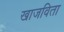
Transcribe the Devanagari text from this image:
खाजविता